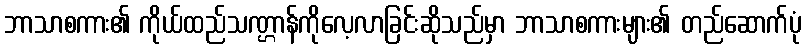
ဘာသာစကား၏ ကိုယ်ထည်သဏ္ဌာန်ကိုလေ့လာခြင်းဆိုသည်မှာ ဘာသာစကားများ၏ တည်ဆောက်ပုံ